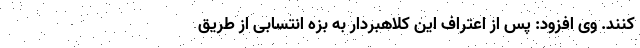
کنند. وی افزود: پس از اعتراف این کلاهبردار به بزه انتسابی از طریق